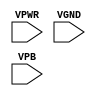
module sky130_fd_sc_ls__decaphetap (
    VPWR,
    VGND,
    VPB
);

    input VPWR;
    input VGND;
    input VPB ;
endmodule